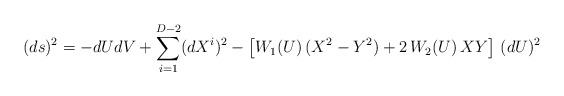
\begin{align*} (ds)^2 = - dU dV + \sum_{i=1}^{D-2}(dX^{i})^2 - \left[ W_{1}(U)\,(X^2 - Y^2 ) + 2 \,W_{2}(U) \,X Y \right]\, (dU)^2\end{align*}